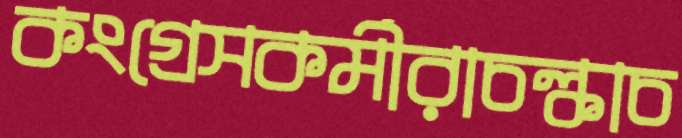
কংগ্রেসকর্মীরাচল্‌কাচ